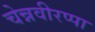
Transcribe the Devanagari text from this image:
चेन्नवीरप्पा